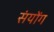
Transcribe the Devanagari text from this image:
संयोंग